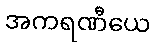
အကရဏီယေ